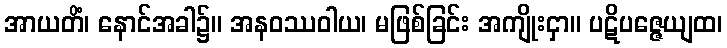
အာယတိံ၊ နောင်အခါ၌။ အနဝဿဝါယ၊ မဖြစ်ခြင်း အကျိုးငှာ။ ပဋိပဇ္ဇေယျထ၊